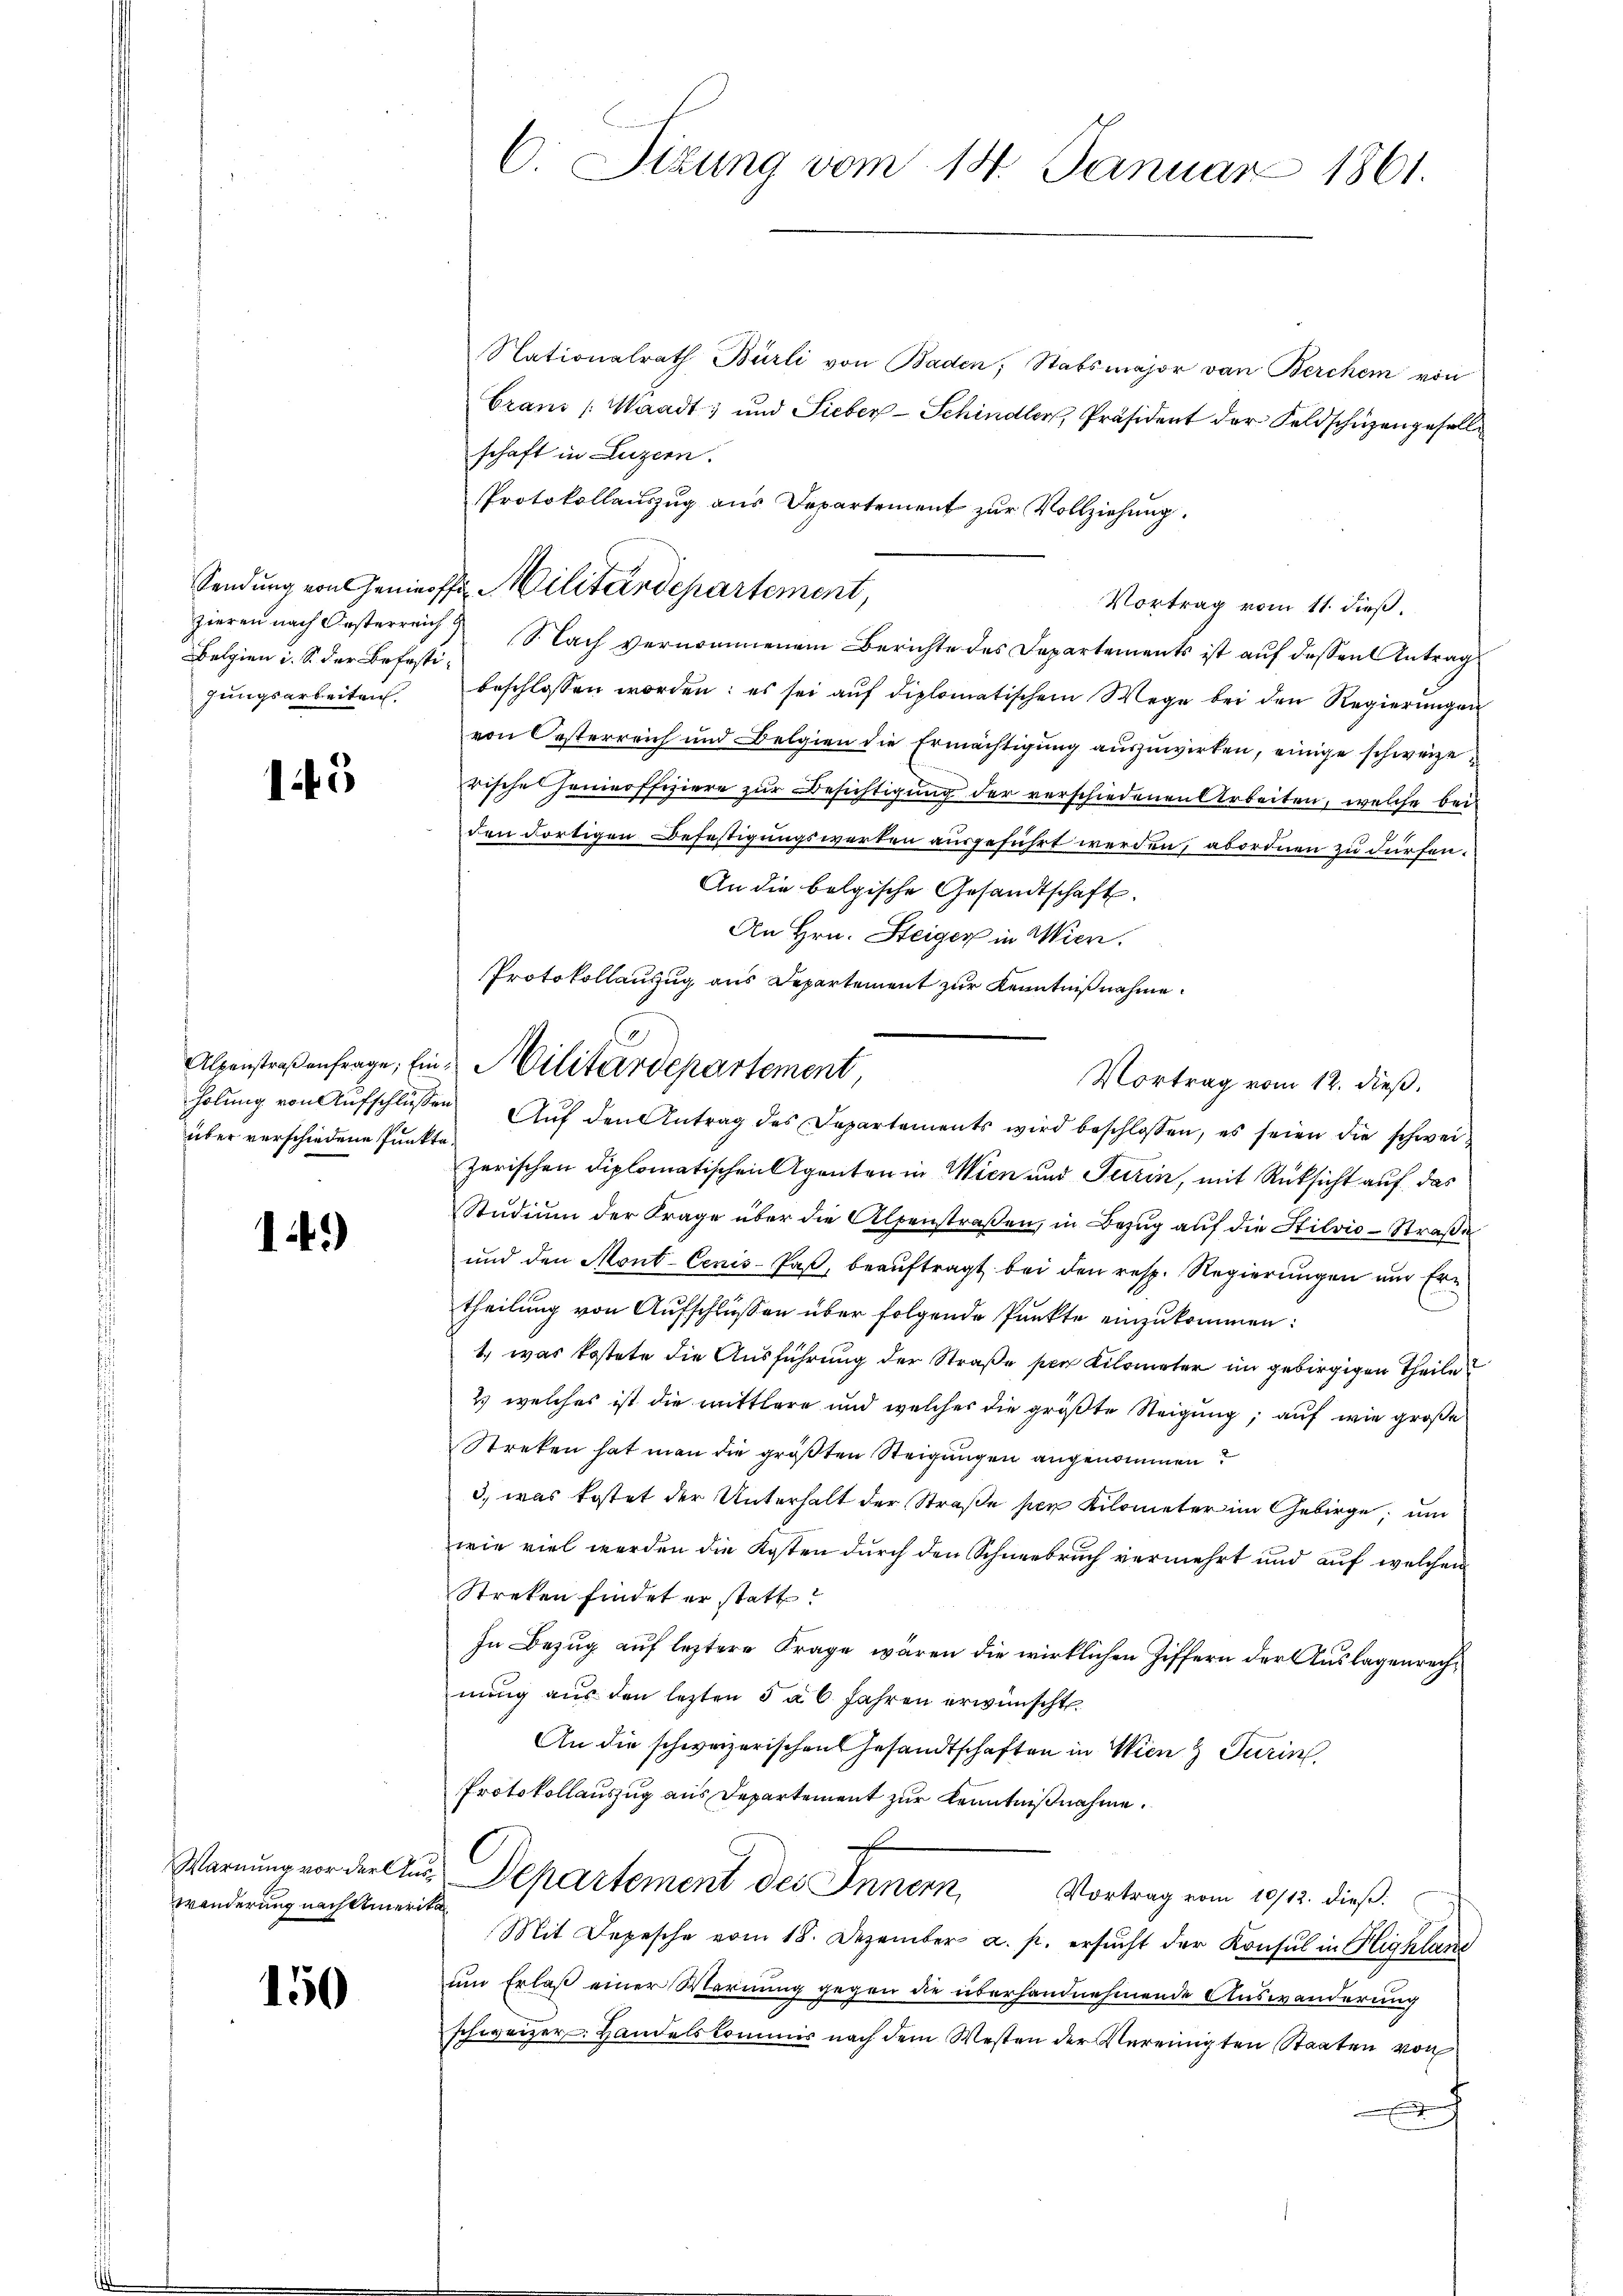
Belgien i. S. der Befestigungsarbeiten.

15

über verschiedene Punkte.

1.)

wänderung nach Amerika

150

Nationalrath Bürli von Baden, Stabsmajor von Berchen von
Grand Waadt; und Sieber-Schindler, Präsident der Feldschüzengesellschaft in Luzern.
Protokollauszug aus Departement zur Vollziehung.
Vortrag vom 11. dieß,
zieren nach Oesterreich Sach vernommenem Berichte des Departements ist aŭf dessen Antrag
beschlossen worden: es sei aŭf diplomatischem Wege bei den Regierŭngen
von Oesterreich und Belgien die Ermächtigung auszuwirken, einige schweizerische Heinroffiziere zur Besichtigung der verschiedenen Arbeiten, welche bei
den dortigen Befestigungswerten ausgeführt werden, abordnen zu dürfen.
An die belgische Gesandtschaft.
An Hrn. Steiger in Wien.
Vortrag vom 12. dieß.
holŭng von Aŭfschlüssen Aŭf den Antrag des Departements wird beschlossen, es seien die schwei-
zerischen Diplomatischen Agenten in Wien und Turin, mit Rücksicht auf das
Studium der Frage über die Alpenstraßen, in Bezug auf die Stilvio-Straße
und den Mont-Cenis-Past, beauftragt bei den resp. Regierungen und Ern
theilung von Aufschlüssen über folgende Punkte einzukommen:
1., was kostete die Ausführung der Straße per Kilometer im gebirgigen Theile
2) welches ist die mittlere und welcher die größte Steigung; auf wie große
Streken hat man die größten Steigungen angenommen?
3) was kostet der Unterhalt der Straße per Kilometer im Gebirge, um
wie viel werden die Kosten durch den Schneebruch vermehrt und auf welchen
Streken findet er statt
In Bezug auf leztere Frage wären die wirklichen Ziffern der Auslagenrechnung aus den lezten 5 à 6 Jahren erwünscht
An die schweizerischen Gesandtschaften in Wien & Turin
Protokollauszug aus Departement zur Kenntnißnahme.
Warnung vor der Aus Departement des Innern, Vortrag vom 10/12. dieß.
Mit Depesche vom 18. Dezember a. p. ersŭcht der Konsul in Highland
um Erlaß einer Warnung gegen die überhandnehmende Auswanderung
schweizer. Handelskommis nach dem Westen der Vereinigten Staaten von
ach

C. Sizung vom 14. Januar 1861.

Sendung von Genieffs Militärdepartement,

Protokollauszug aus Departement zur Kenntnißnahme.
Alpenstraβenfrage, Ein Militärdepartement,